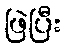
ဖြဲပြီး